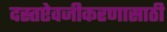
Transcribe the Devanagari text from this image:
दस्तऐवजीकरणासाठी